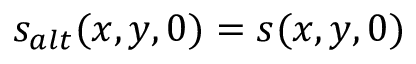
s _ { a l t } ( x , y , 0 ) = s ( x , y , 0 )